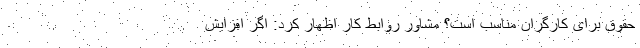
حقوق برای کارگران مناسب است؟ مشاور روابط کار اظهار کرد: اگر افزایش